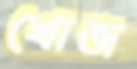
খোজ